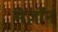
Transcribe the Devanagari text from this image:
सेज़ॉन